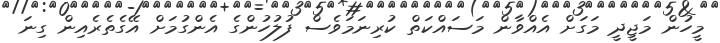
މީހުން މަޖީދީ މަގަށް އެއްވާން މަސައްކަތް ކުރިނަމަވެސް ފުލުހުންގެ އެންގުމަށް އޭގެތެރެއިން ގިނަ